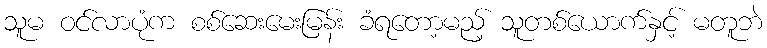
သူမ ဝင်လာပုံက စစ်ဆေးမေးမြန်း ခံရတော့မည့် သူတစ်ယောက်နှင့် မတူဘဲ